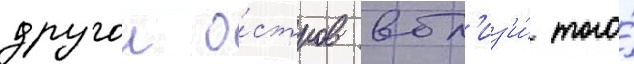
другои о́стров вбл'из'и́ того́